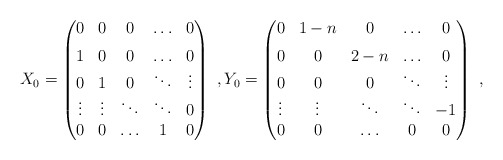
\begin{align*}X_0 = \begin{pmatrix}0&0&0& \ldots &0 \\*[1ex]1&0&0& \ldots &0\\0&1&0& \ddots & \vdots\\\vdots& \vdots & \ddots& \ddots & 0\\0&0& \ldots & 1 &0\end{pmatrix}\ , Y_0 = \begin{pmatrix}0&1-n&0& \ldots &0 \\*[1ex]0&0&2-n& \ldots &0\\0&0&0& \ddots & \vdots\\\vdots& \vdots & \ddots& \ddots & -1\\0&0& \ldots & 0 &0\end{pmatrix}\ ,\end{align*}